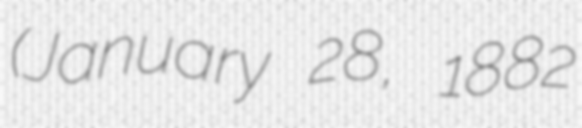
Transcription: (January 28, 1882